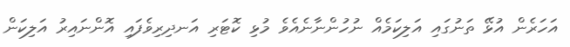
އަހަރެން އުޅޭ ތަނުގައި އަލިކަމެއް ނުހުންނާނެއެވެ މުޅި ކޮޓަރި އަނދިރިވެފައި އޮންނައިރު އަލިކަން